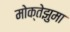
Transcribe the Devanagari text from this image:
मोक्तेझुमा